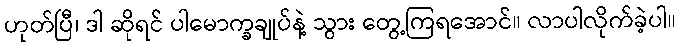
ဟုတ်ပြီ၊ ဒါ ဆိုရင် ပါမောက္ခချုပ်နဲ့ သွား တွေ့ကြရအောင်။ လာပါလိုက်ခဲ့ပါ။